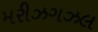
મરીઝગઝલ